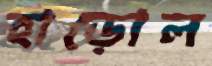
হাড়োল